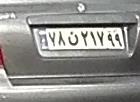
۷۸ن۲۱۷۹۹